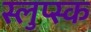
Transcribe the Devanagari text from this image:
स्लुप्स्क